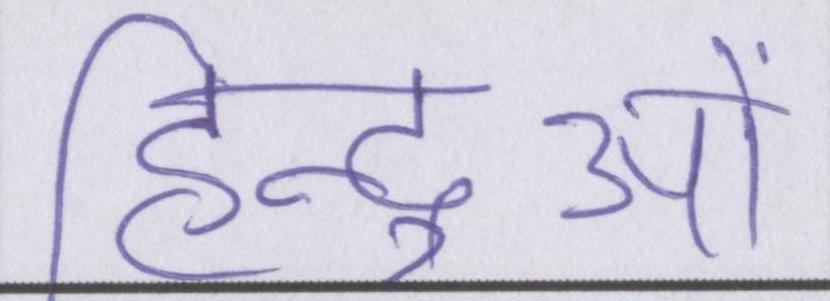
हिन्दुओं